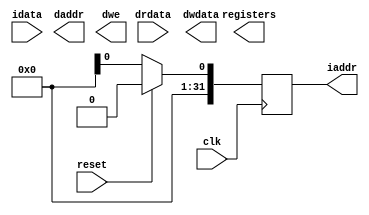
module cpu (
    input clk,
    input reset,
    output reg [31:0] iaddr,
    input [31:0] idata,
    output [31:0] daddr,
    input [31:0] drdata,
    output [31:0] dwdata,
    output [3:0] dwe,
    output [32*32-1:0] registers  // NOTE: Add Logic for this newly added port
);

  // Add logic here

  
  always @(posedge clk) begin
      if (reset) iaddr <= 0;
      else iaddr <= next_pc;
    end

endmodule